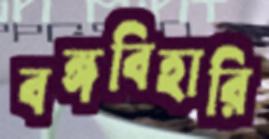
বঙ্গবিহারি